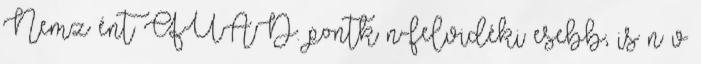
Nemz ént QUAD. pontk n-felvidéki esebb, is n v